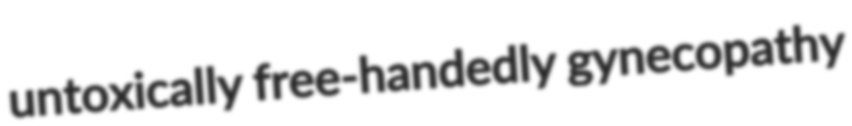
untoxically free-handedly gynecopathy